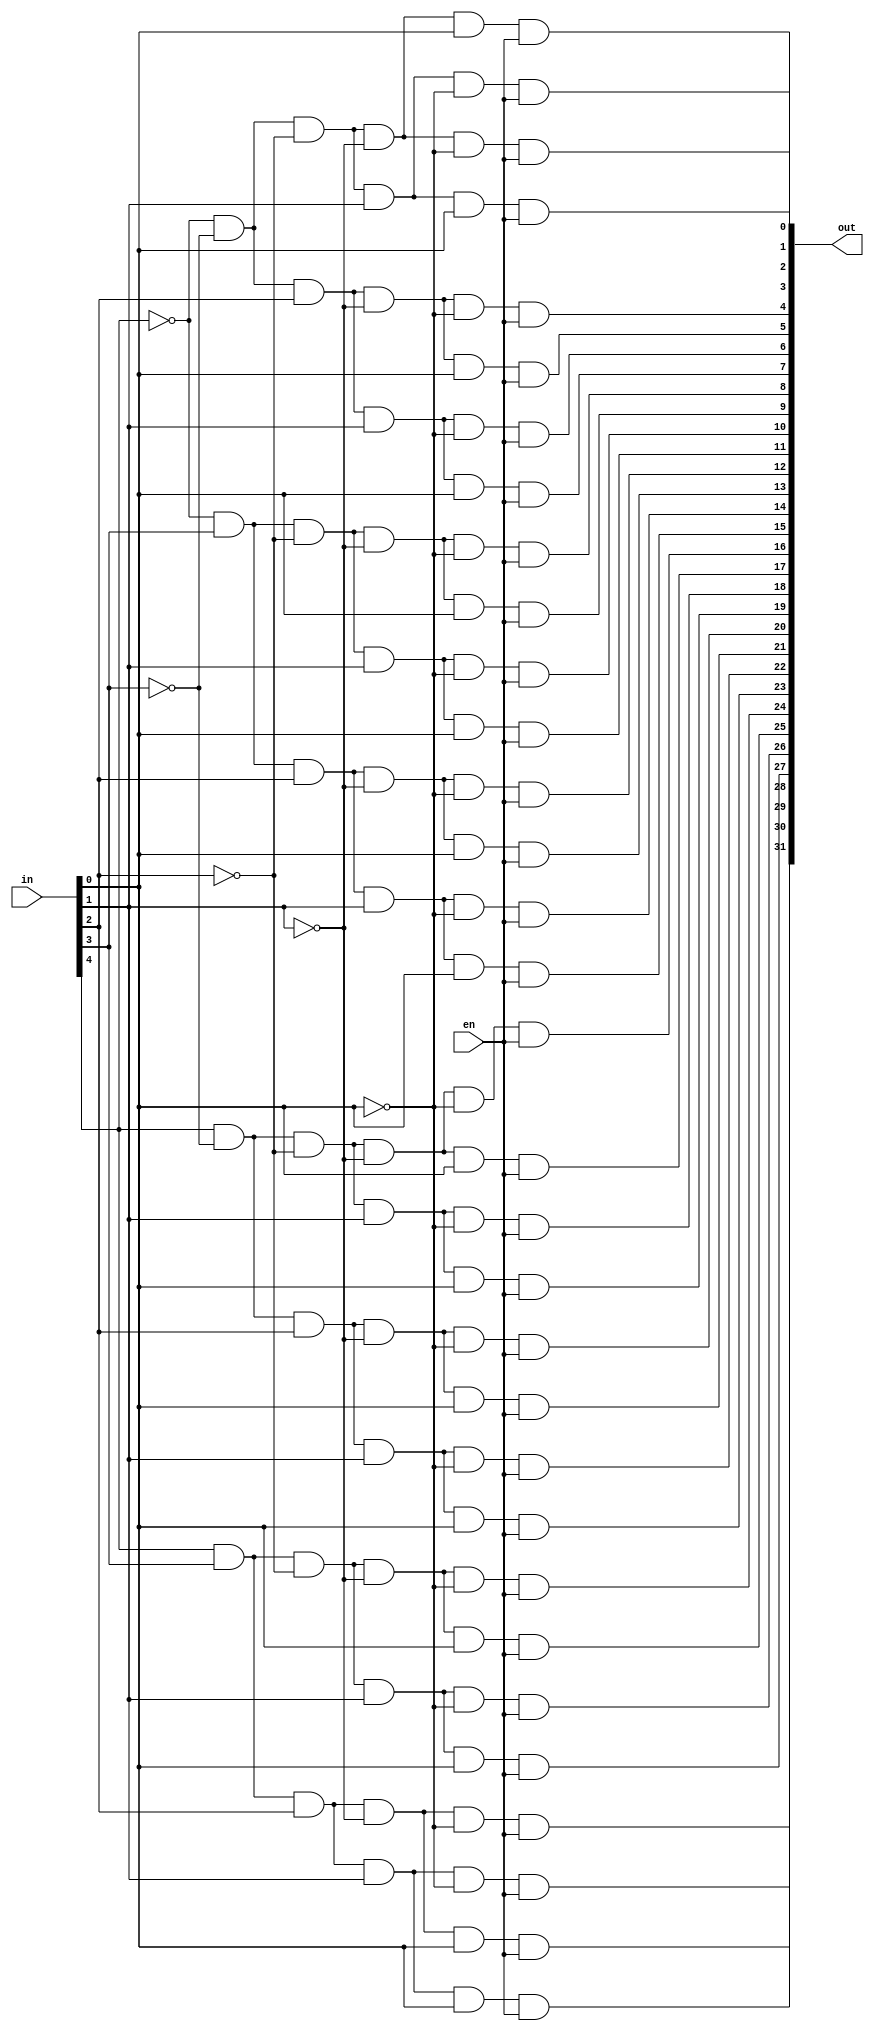
module my_decoder(out,in, en);

input en;
input [4:0] in; 
output [31:0] out;

wire Nota,Notb,Notc,Notd,Note;

not n1(Nota, in[4]);
not n2(Notb, in[3]);
not n3(Notc, in[2]);
not n4(Notd, in[1]);
not n5(Note, in[0]);

and a1   (out[0],  Nota,Notb,Notc,Notd,Note,en); // 00000
and a2   (out[1],  Nota,Notb,Notc,Notd,in[0],en); // 00001
and a3   (out[2],  Nota,Notb,Notc,in[1],Note,en); //00010
and a4   (out[3],  Nota,Notb,Notc,in[1],in[0],en);
and a5   (out[4],  Nota,Notb,in[2],Notd,Note,en);
and a6   (out[5],  Nota,Notb,in[2],Notd,in[0],en);
and a7   (out[6],  Nota,Notb,in[2],in[1],Note,en);
and a8   (out[7],  Nota,Notb,in[2],in[1],in[0],en);
and a9   (out[8],  Nota,in[3],Notc,Notd,Note,en);
and a10  (out[9],  Nota,in[3],Notc,Notd,in[0],en);
and a11  (out[10],  Nota,in[3],Notc,in[1],Note,en);
and a12  (out[11],  Nota,in[3],Notc,in[1],in[0],en);
and a13  (out[12],  Nota,in[3],in[2],Notd,Note,en);
and a14  (out[13],  Nota,in[3],in[2],Notd,in[0],en);
and a15  (out[14],  Nota,in[3],in[2],in[1],Note,en);
and a16  (out[15],  Nota,in[3],in[2],in[1],in[0],en);
and a17  (out[16],  in[4],Notb,Notc,Notd,Note,en);
and a18  (out[17],  in[4],Notb,Notc,Notd,in[0],en);
and a19  (out[18],  in[4],Notb,Notc,in[1],Note,en);
and a20  (out[19],  in[4],Notb,Notc,in[1],in[0],en);
and a21  (out[20],  in[4],Notb,in[2],Notd,Note,en);
and a22  (out[21],  in[4],Notb,in[2],Notd,in[0],en);
and a23  (out[22],  in[4],Notb,in[2],in[1],Note,en);
and a24  (out[23],  in[4],Notb,in[2],in[1],in[0],en);
and a25  (out[24],  in[4],in[3],Notc,Notd,Note,en);
and a26  (out[25],  in[4],in[3],Notc,Notd,in[0],en);
and a27  (out[26],  in[4],in[3],Notc,in[1],Note,en);
and a28  (out[27],  in[4],in[3],Notc,in[1],in[0],en);
and a29  (out[28],  in[4],in[3],in[2],Notd,Note,en);
and a30  (out[29],  in[4],in[3],in[2],Notd,in[0],en);
and a31  (out[30],  in[4],in[3],in[2],in[1],Note,en);
and a32  (out[31],  in[4],in[3],in[2],in[1],in[0],en); // 11111
endmodule